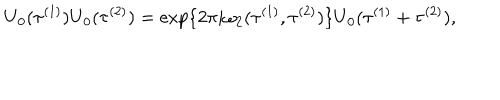
\mathrm { U } _ { 0 } ( { \tau } ^ { ( 1 ) } ) \mathrm { U } _ { 0 } ( { \tau } ^ { ( 2 ) } ) = \exp \{ 2 \pi i { \omega } _ { 2 } ( { \tau } ^ { ( 1 ) } , { \tau } ^ { ( 2 ) } ) \} \mathrm { U } _ { 0 } ( { \tau } ^ { ( 1 ) } + { \tau } ^ { ( 2 ) } ) ,